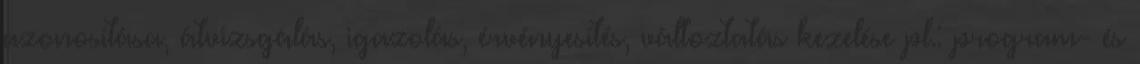
azonosítása, átvizsgálás, igazolás, érvényesítés, változtatás kezelése pl.: program- és